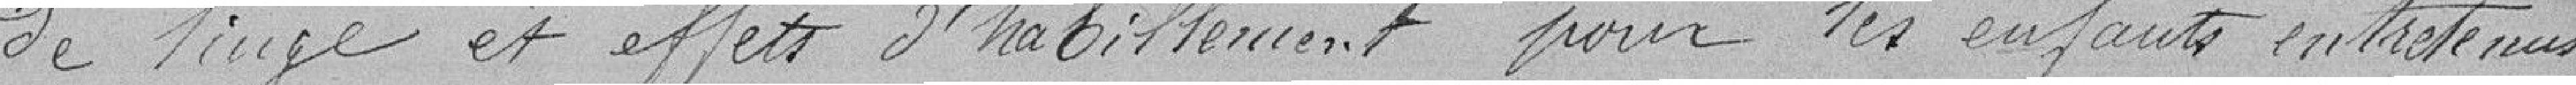
de linge et effets d'habillement pour les enfants entretenus